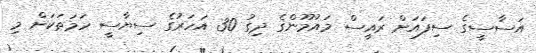
އަސާސީގެ ސިފައަށް ރައީސް މައުމޫންގެ ދިގު 30 އަހަރުގެ ސިޔާސީ ހަމަތަކަށް މި